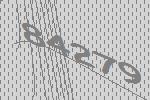
84279